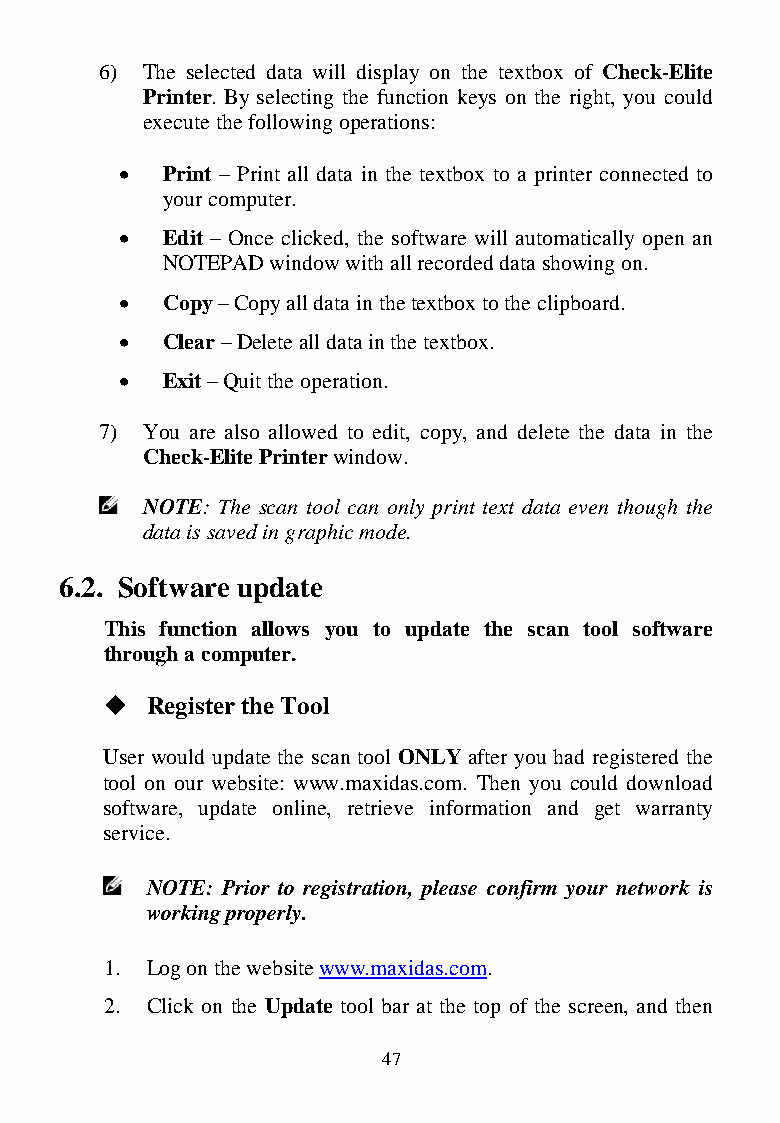
6) The selected data will display on the textbox of Check-Elite
 Printer. By selecting the function keys on the right, you could
 execute the following operations:
   Print – Print all data in the textbox to a printer connected to
 your computer.
   Edit – Once clicked, the software will automatically open an
 NOTEPAD window with all recorded data showing on.
   Copy – Copy all data in the textbox to the clipboard.
   Clear – Delete all data in the textbox.
   Exit – Quit the operation.
 7) You are also allowed to edit, copy, and delete the data in the
 Check-Elite Printer window.
 NOTE: The scan tool can only print text data even though the
 data is saved in graphic mode.
 6.2. Software update
 This function allows you to update the scan tool software
 through a computer.
   Register the Tool
 User would update the scan tool ONLY after you had registered the
 tool on our website: www.maxidas.com. Then you could download
 software, update online, retrieve information and get warranty
 service.
 NOTE: Prior to registration, please confirm your network is
 working properly.
 1. Log on the website www.maxidas.com.
 2. Click on the Update tool bar at the top of the screen, and then
 47